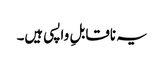
یہ ناقابلِ واپسی ہیں۔